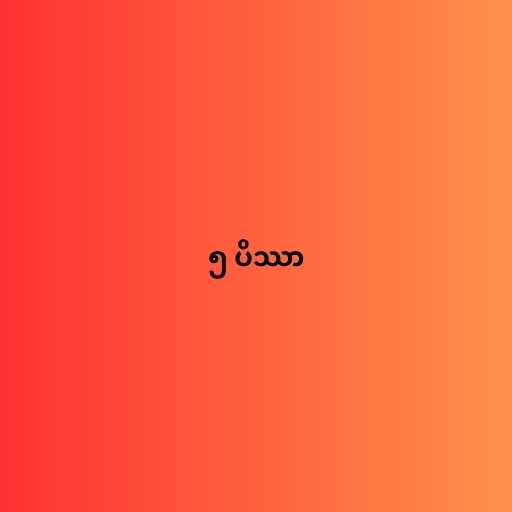
၅ ပိဿာ